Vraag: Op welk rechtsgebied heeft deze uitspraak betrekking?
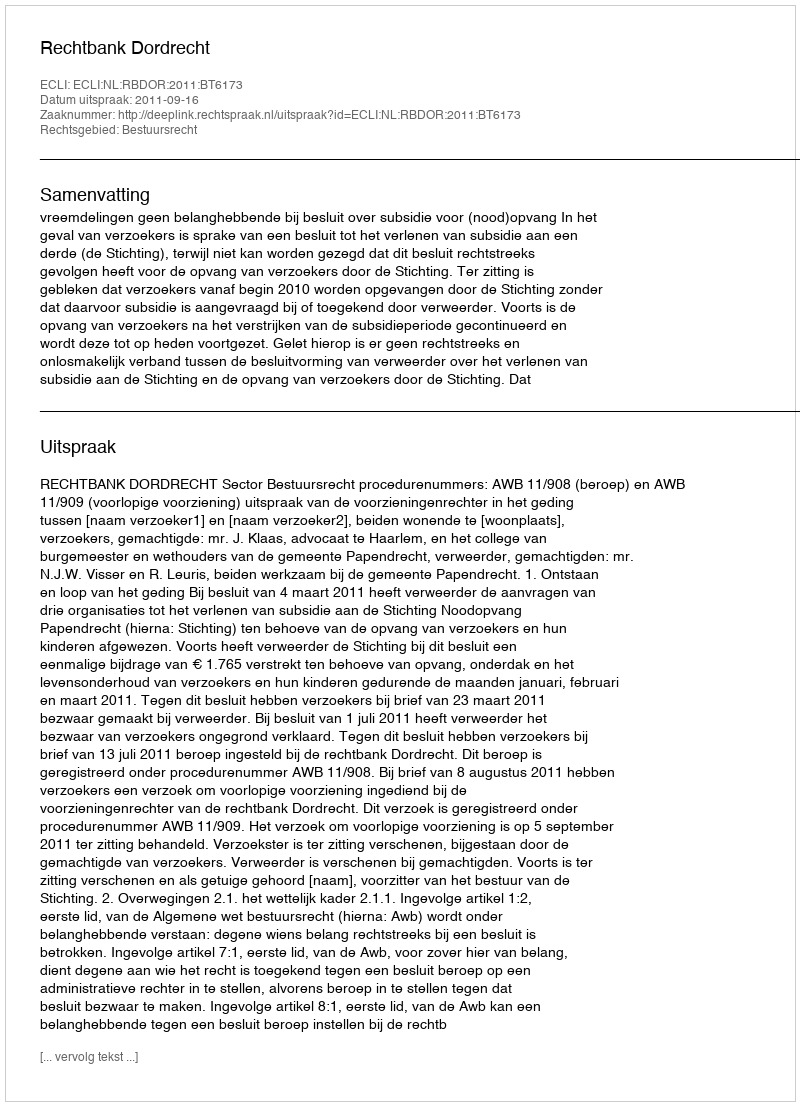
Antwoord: Bestuursrecht